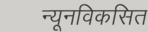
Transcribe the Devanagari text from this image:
न्यूनविकसित